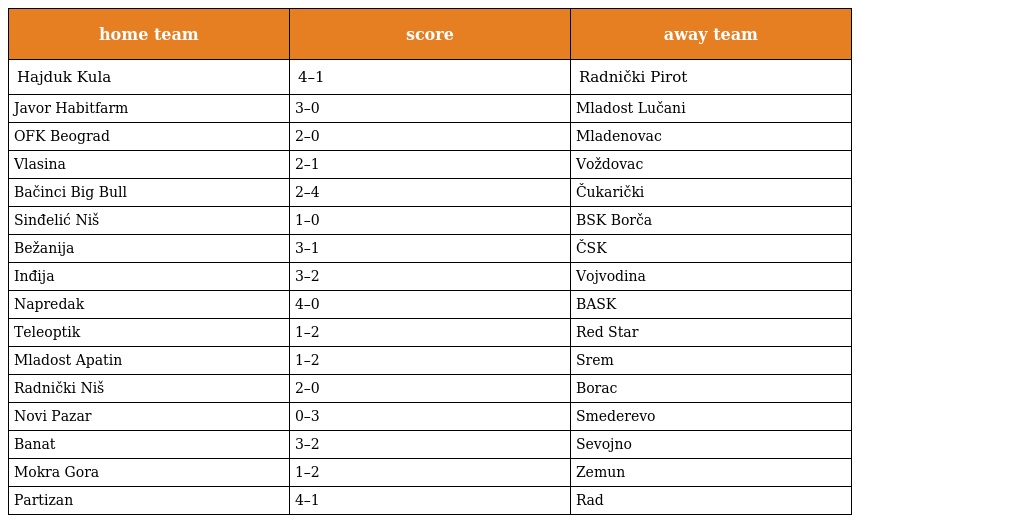
| home team | score | away team |
 | --- | --- | --- |
 | Hajduk Kula | 4–1 | Radnički Pirot |
 | Javor Habitfarm | 3–0 | Mladost Lučani |
 | OFK Beograd | 2–0 | Mladenovac |
 | Vlasina | 2–1 | Voždovac |
 | Bačinci Big Bull | 2–4 | Čukarički |
 | Sinđelić Niš | 1–0 | BSK Borča |
 | Bežanija | 3–1 | ČSK |
 | Inđija | 3–2 | Vojvodina |
 | Napredak | 4–0 | BASK |
 | Teleoptik | 1–2 | Red Star |
 | Mladost Apatin | 1–2 | Srem |
 | Radnički Niš | 2–0 | Borac |
 | Novi Pazar | 0–3 | Smederevo |
 | Banat | 3–2 | Sevojno |
 | Mokra Gora | 1–2 | Zemun |
 | Partizan | 4–1 | Rad |